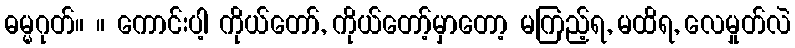
ဓမ္မဂုတ်။ ။ ကောင်းပါ့ ကိုယ်တော်, ကိုယ်တော့်မှာတော့ မကြည့်ရ, မထိရ, လေမှုတ်လဲ